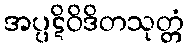
အပ္ပဋိဝိဒိတသုတ္တံ